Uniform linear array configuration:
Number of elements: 64
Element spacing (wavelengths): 0.25
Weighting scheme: uniform
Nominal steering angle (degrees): -45
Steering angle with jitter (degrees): -44.153
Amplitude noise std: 0.05
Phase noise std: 0.05

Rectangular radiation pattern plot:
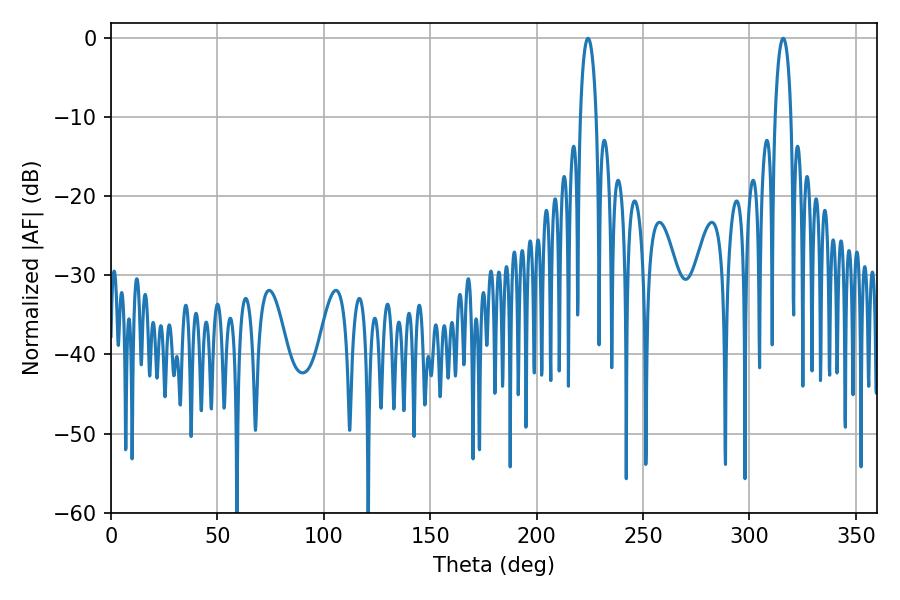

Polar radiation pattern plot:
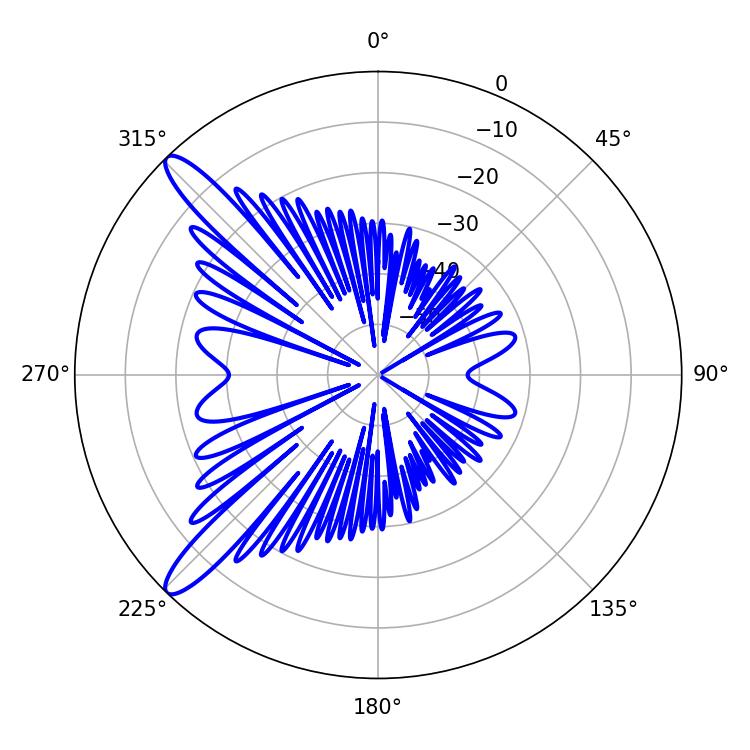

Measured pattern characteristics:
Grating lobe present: FALSE
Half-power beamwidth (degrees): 4.14
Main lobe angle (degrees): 315.9